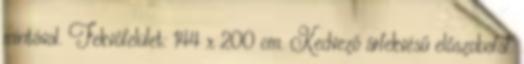
mintával. Fekvőfelület: 144 x 200 cm. Kedvező árfekvésű előszobafal.